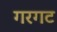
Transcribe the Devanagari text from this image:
गरगट